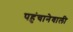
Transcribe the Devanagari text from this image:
पहुंचानेवाली